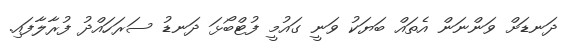
ދަނޑަށް ވަންނަން އެތައް ބަޔަކު ވަނީ ގައުމީ ފުޓްބޯޅަ ދަނޑު ސަރަހައްދު ފުރާލާފައި.